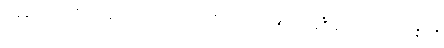
ညနေပိုင်းတွင် မိတ်ဆွေတယောက်က ကျွေးလိုက်သဖြင့် ညစာ စားခဲ့ပြီးကြောင်းဖြင့် အဂ္ဂနိစ်ကို